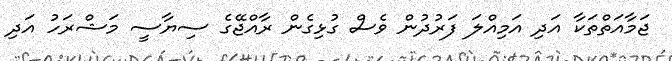
ޖަމާއަތްތަކާ އަދި އަމިއްލަ ފަރުދުން ވެސް ގުޅިގެން ރާއްޖޭގެ ސިޔާސީ މަޝްރަހު އަދި